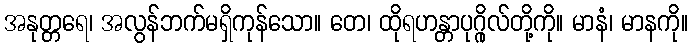
အနုတ္တရေ၊ အလွန်ဘက်မရှိကုန်သော။ တေ၊ ထိုရဟန္တာပုဂ္ဂိုလ်တို့ကို။ မာနံ၊ မာနကို။